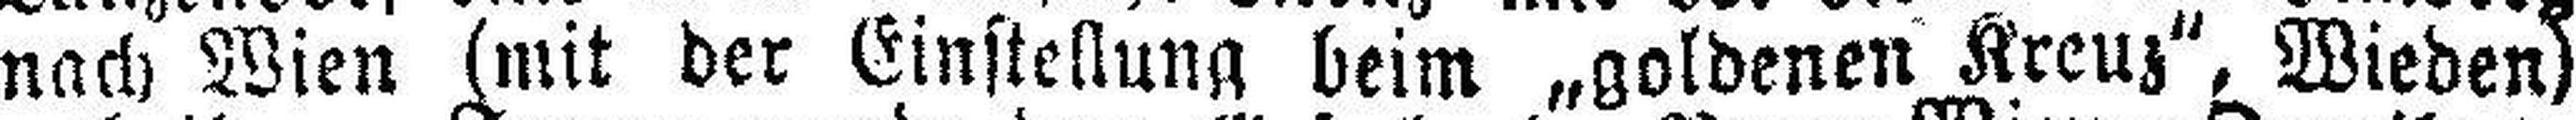
nach Wien (mit der Einstellung beim „goldenen Kreuz“, Wieden)